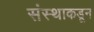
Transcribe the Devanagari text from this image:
संस्थाकडून